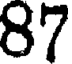
87